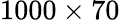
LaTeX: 1000\times 70